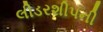
લીડરશીપની